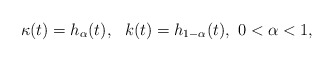
\begin{align*}\kappa(t) = h_\alpha(t),\ \ k(t) = h_{1-\alpha}(t),\ 0<\alpha < 1,\end{align*}